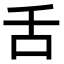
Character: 舌